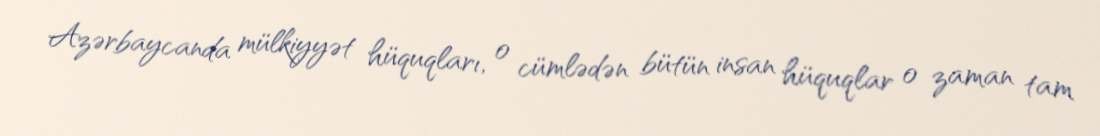
Azərbaycanda mülkiyyət hüquqları, o cümlədən bütün insan hüquqlar o zaman tam